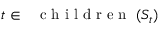
t \in \mathrm { ~ \normalfont ~ { ~ c ~ h ~ i ~ l ~ d ~ r ~ e ~ n ~ } ~ } ( S _ { t } )